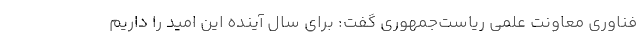
فناوری معاونت علمی ریاست‌جمهوری گفت: برای سال آینده این امید را داریم